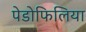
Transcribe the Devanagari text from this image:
पेडोफिलिया